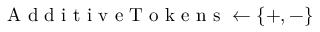
\mathrm { ~ A ~ d ~ d ~ i ~ t ~ i ~ v ~ e ~ T ~ o ~ k ~ e ~ n ~ s ~ } \gets \{ + , - \}